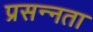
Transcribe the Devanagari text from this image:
प्रसन्‍नता